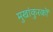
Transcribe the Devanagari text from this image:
मुखांकुरकों